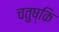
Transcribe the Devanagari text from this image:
चतुष्कि